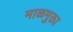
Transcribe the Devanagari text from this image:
माळमुक्ता